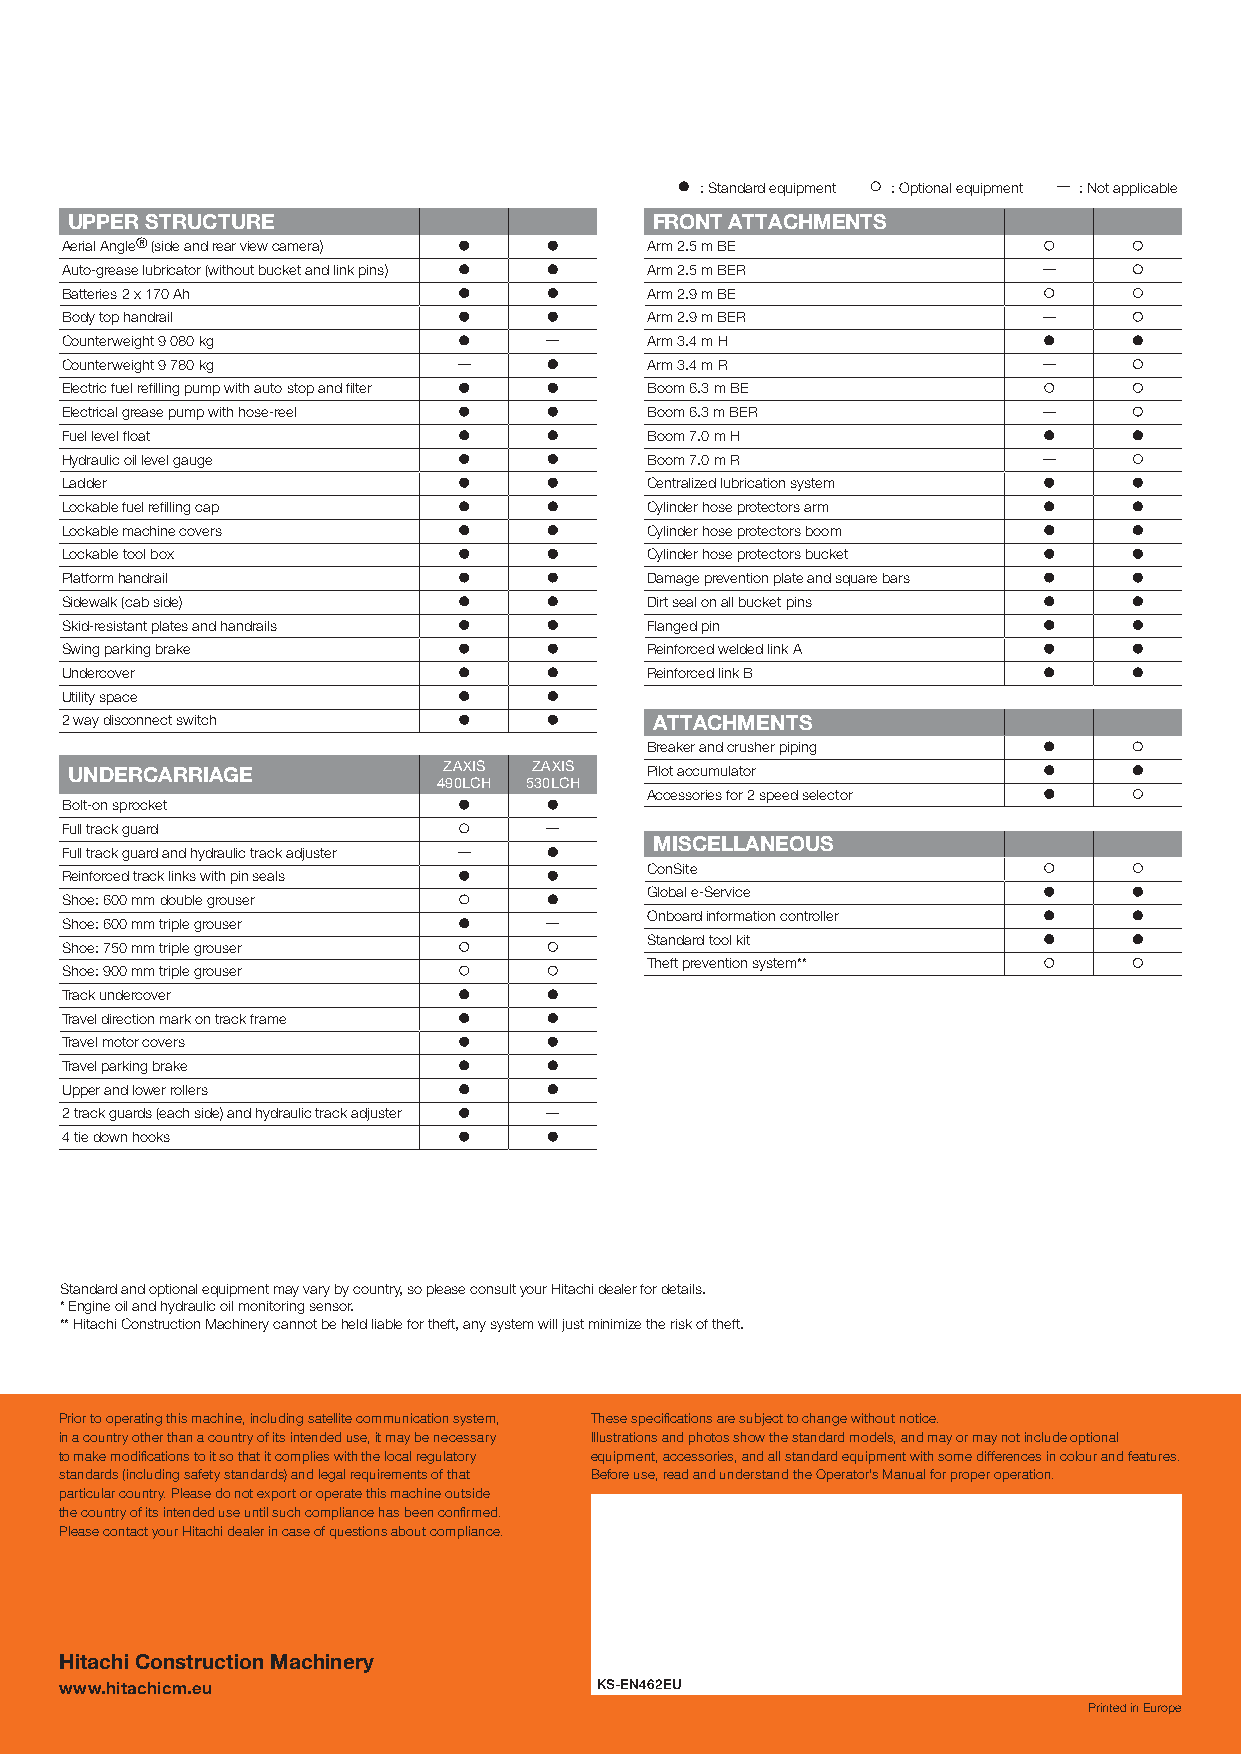
: Standard equipment : Optional equipment — : Not applicable
 UPPER STRUCTURE                        FRONT ATTACHMENTS
 Aerial Angle® (side and rear view camera) Arm 2.5 m BE
 Auto-grease lubricator (without bucket and link pins) Arm 2.5 m BER —
 Batteries 2 x 170 Ah                   Arm 2.9 m BE
 Body top handrail                      Arm 2.9 m BER             —
 Counterweight 9 080 kg          —      Arm 3.4 m H
 Counterweight 9 780 kg    —            Arm 3.4 m R               —
 Electric fuel refilling pump with auto stop and filter Boom 6.3 m BE
 Electrical grease pump with hose-reel  Boom 6.3 m BER            —
 Fuel level float                       Boom 7.0 m H
 Hydraulic oil level gauge              Boom 7.0 m R              —
 Ladder                                 Centralized lubrication system
 Lockable fuel refilling cap            Cylinder hose protectors arm
 Lockable machine covers                Cylinder hose protectors boom
 Lockable tool box                      Cylinder hose protectors bucket
 Platform handrail                      Damage prevention plate and square bars
 Sidewalk (cab side)                    Dirt seal on all bucket pins
 Skid-resistant plates and handrails    Flanged pin
 Swing parking brake                    Reinforced welded link A
 Undercover                             Reinforced link B
 Utility space
 2 way disconnect switch                ATTACHMENTS
 Breaker and crusher piping
 UNDERCARRIAGE            ZAXIS ZAXIS   Pilot accumulator
 490LCH 530LCH
 Accessories for 2 speed selector
 Bolt-on sprocket
 Full track guard                —
 MISCELLANEOUS
 Full track guard and hydraulic track adjuster —
 ConSite
 Reinforced track links with pin seals
 Global e-Service
 Shoe: 600 mm double grouser
 Shoe: 600 mm triple grouser     —      Onboard information controller
 Standard tool kit
 Shoe: 750 mm triple grouser
 Theft prevention system**
 Shoe: 900 mm triple grouser
 Track undercover
 Travel direction mark on track frame
 Travel motor covers
 Travel parking brake
 Upper and lower rollers
 2 track guards (each side) and hydraulic track adjuster —
 4 tie down hooks
 Standard and optional equipment may vary by country, so please consult your Hitachi dealer for details.
 * Engine oil and hydraulic oil monitoring sensor.
 ** Hitachi Construction Machinery cannot be held liable for theft, any system will just minimize the risk of theft.
 Prior to operating this machine, including satellite communication system, These specifications are subject to change without notice.
 in a country other than a country of its intended use, it may be necessary Illustrations and photos show the standard models, and may or may not include optional
 to make modifications to it so that it complies with the local regulatory equipment, accessories, and all standard equipment with some differences in colour and features.
 standards (including safety standards) and legal requirements of that Before use, read and understand the Operator’s Manual for proper operation.
 particular country. Please do not export or operate this machine outside
 the country of its intended use until such compliance has been confirmed.
 Please contact your Hitachi dealer in case of questions about compliance.
 Hitachi Construction Machinery
 www.hitachicm.eu                   KS-EN462EU
 Printed in Europe